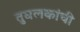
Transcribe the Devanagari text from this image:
तुघलकांची